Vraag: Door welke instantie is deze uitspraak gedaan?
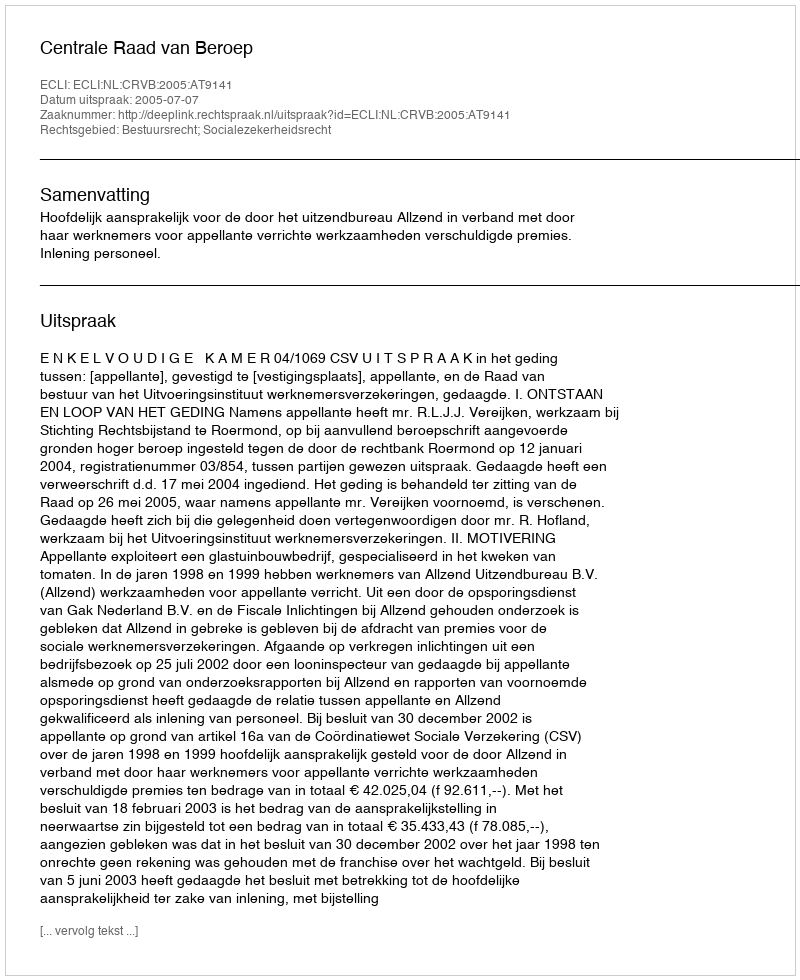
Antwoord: Centrale Raad van Beroep